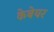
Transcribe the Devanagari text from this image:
केबेयर